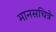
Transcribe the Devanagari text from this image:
मानसचित्रे